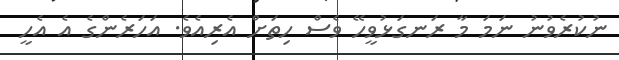
ނުކުރެވުނު ނަމަ މާ ރަނގަޅުވީހޭ ވެސް ހިތަށް އެރިއެވެ. އަހަރެންގެ އެ އެހީ